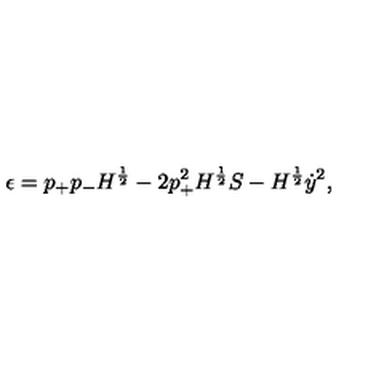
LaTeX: \epsilon = p _ { + } p _ { - } H ^ { \frac { 1 } { 2 } } - 2 p _ { + } ^ { 2 } H ^ { \frac { 1 } { 2 } } S - H ^ { \frac { 1 } { 2 } } \dot { y } ^ { 2 } ,